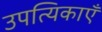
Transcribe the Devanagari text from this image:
उपत्यिकाएँ